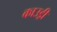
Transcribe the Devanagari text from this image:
काउड्री